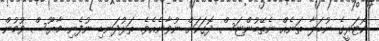
ކޮޓަރީގެ ނުބަލާ ތަނެއް ނެތޭބުންޏަސް ދޮގަކަށް ނުވާނެއެވެ. ތަޅުދަނޑި ނުފެނި މާޔޫސް ވުމުން